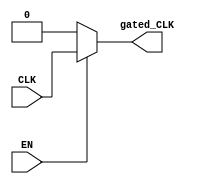
module clock_gating (
    input wire CLK,      // Primary clock signal
    input wire EN,       // Enable signal for clock gating
    output wire gated_CLK // Gated clock signal
);

// Internal signals for transmission gate implementation
wire n_EN; // Inverted enable signal

// Invert the enable signal
assign n_EN = ~EN;

// Transmission gate implementation using CMOS logic
assign gated_CLK = (EN) ? CLK : 1'b0; // If EN is high, pass CLK, else output 0

endmodule